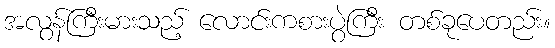
အလွန်ကြီးမားသည့် လောင်းကစားပွဲကြီး တစ်ခုပေတည်း။